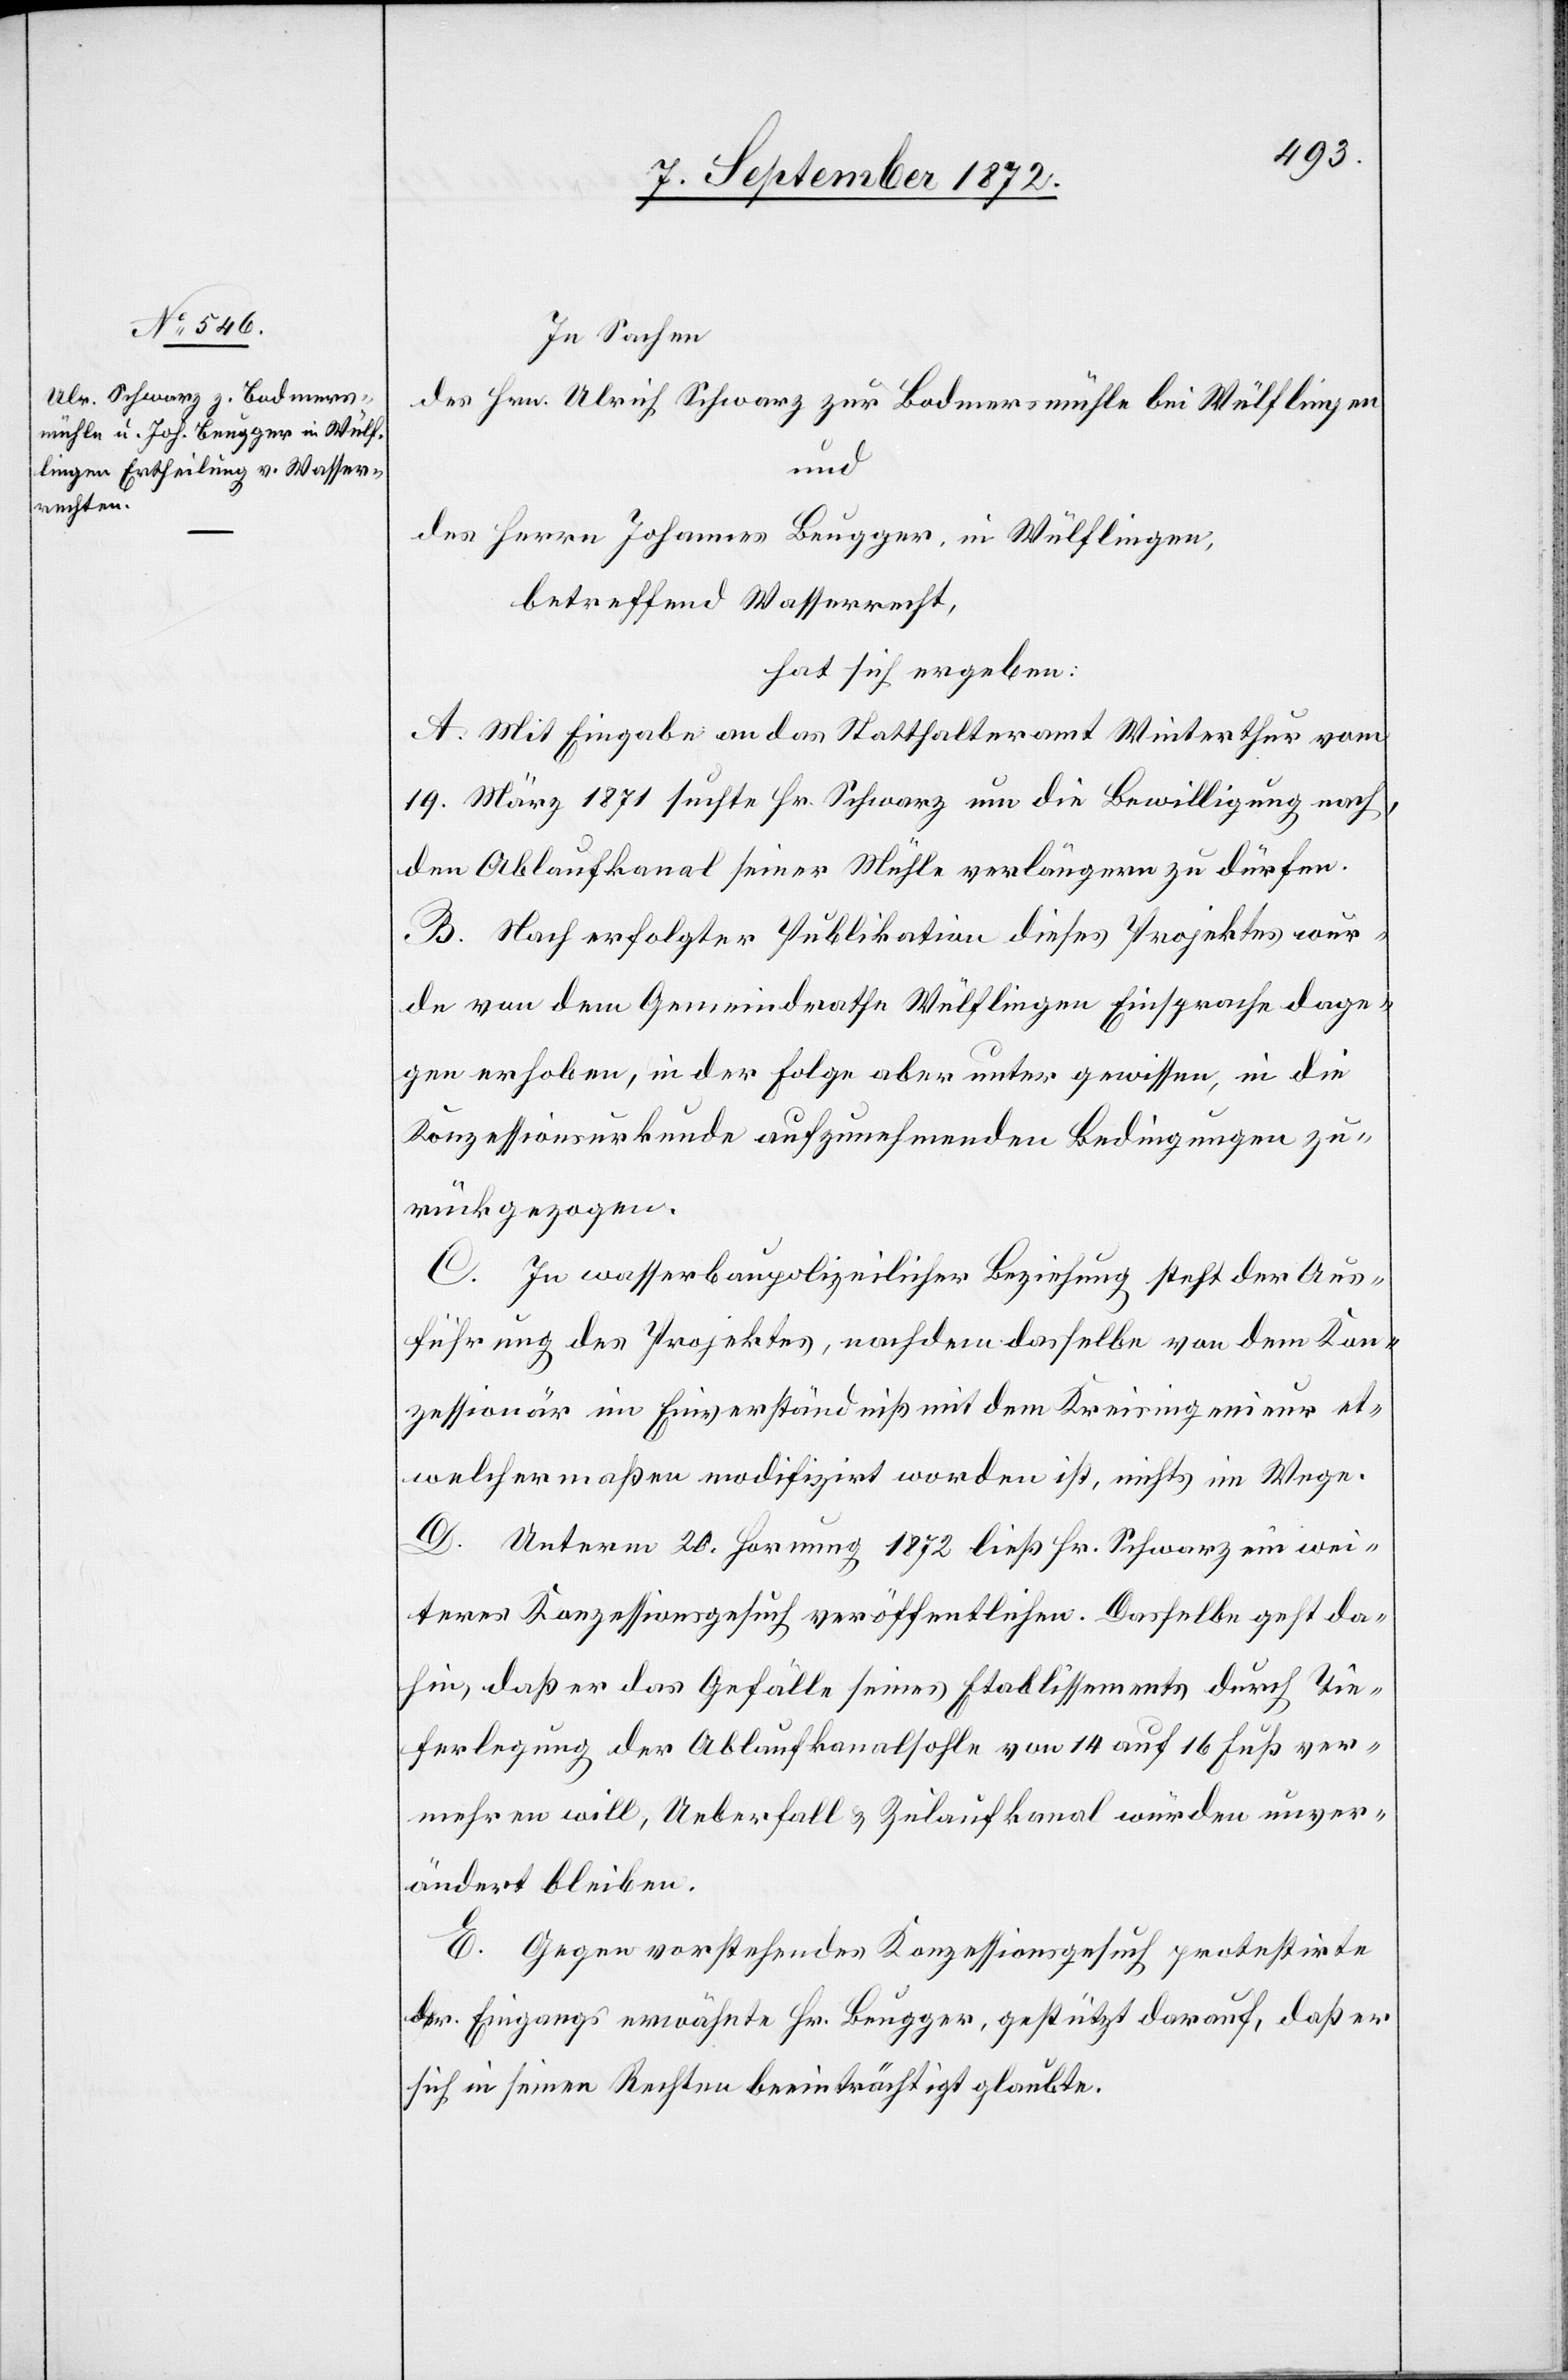
In Sachen
des Hrn. Ulrich Schwarz zur Bodmersmühle bei Wülflingen
und
des Herrn Johannes Beugger, in Wülflingen,
betreffend Wasserrecht,
hat sich ergeben:
A. Mit Eingabe an das Statthalteramt Winterthur vom
19. März 1871 suchte Hr. Schwarz um die Bewilligung nach,
den Ablaufkanal seiner Mühle verlängern zu dürfen.
B. Nach erfolgter Publikation dieses Projektes wur¬
de von dem Gemeindrathe Wülflingen Einsprache dage¬
gen erhoben, in der Folge aber unter gewissen, in die
Konzessionsurkunde aufzunehmenden Bedingungen zu¬
rückgezogen.
C. In wasserbaupolizeilicher Beziehung steht der Aus¬
führung des Projektes, nachdem dasselbe von dem Kon¬
zessionär im Einverständniß mit dem Kreisingenieur et¬
welchermaßen modifizirt worden ist, nichts im Wege.
D. Unterm 20. Hornung 1872 ließ Hr. Schwarz ein wei¬
teres Konzessionsgesuch veröffentlichen. Dasselbe geht da¬
hin, daß er das Gefälle seines Etablissements durch Tie¬
ferlegung der Ablaufkanalsohle von 14 auf 16 Fuß ver¬
mehren will, Ueberfall u. Zulaufkanal würden unver¬
ändert bleiben.
E. Gegen vorstehendes Konzessionsgesuch protestirte
der Eingangs erwähnte Hr. Beugger, gestützt darauf, daß er
sich in seinen Rechten beeinträchtigt glaubte.